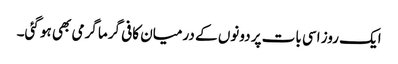
ایک روز اسی بات پر دونوں کے درمیان کافی گرما گرمی بھی ہو گئی۔